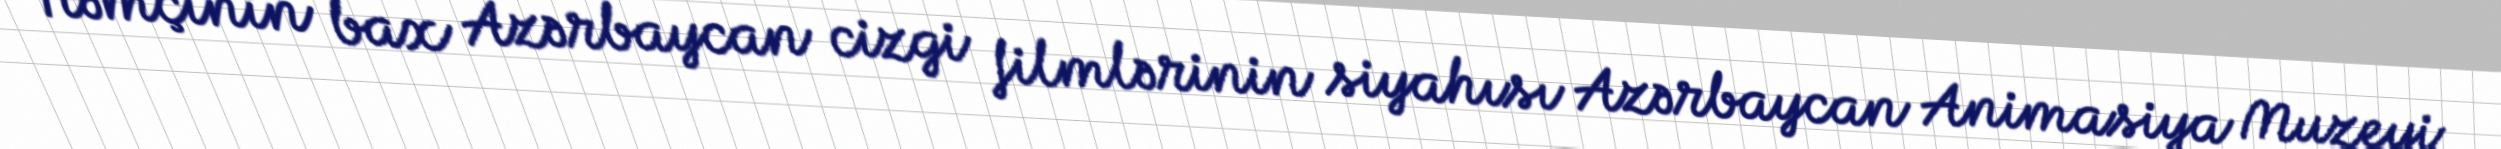
Həmçinin bax Azərbaycan cizgi filmlərinin siyahısı Azərbaycan Animasiya Muzeyi